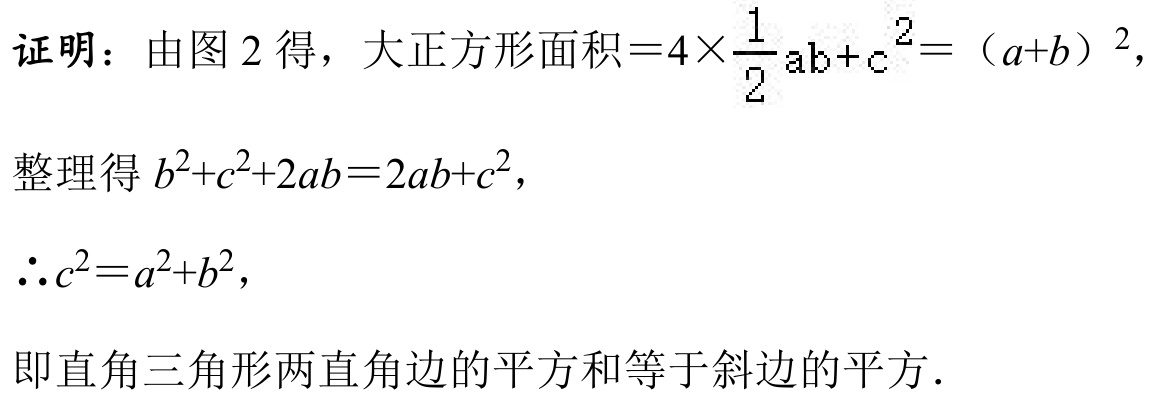
证明：由图 2 得，大正方形面积\( = 4\times\frac{1}{2}ab + c^{2}=(a + b)^{2}\)，
整理得 \(b^{2}+c^{2}+2ab = 2ab + c^{2}\)，
\(\therefore c^{2}=a^{2}+b^{2}\)，
即直角三角形两直角边的平方和等于斜边的平方．